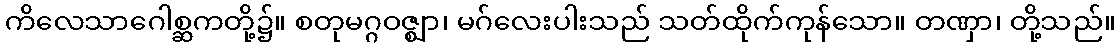
ကိလေသာဂေါစ္ဆကတို့၌။ စတုမဂ္ဂဝဇ္ဈာ၊ မဂ်လေးပါးသည် သတ်ထိုက်ကုန်သော။ တဏှာ၊ တို့သည်။